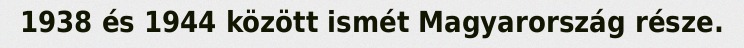
1938 és 1944 között ismét Magyarország része.